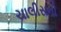
ચાલીસની